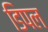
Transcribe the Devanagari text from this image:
डिपल